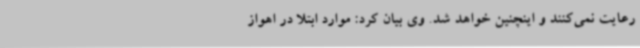
رعایت نمی‌کنند و اینچنین خواهد شد. وی بیان کرد: موارد ابتلا در اهواز